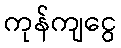
ကုန်ကျငွေ